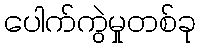
ပေါက်ကွဲမှုတစ်ခု